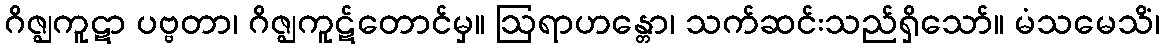
ဂိဇ္ဈကူဋာ ပဗ္ဗတာ၊ ဂိဇ္ဈကူဋ်တောင်မှ။ ဩရာဟန္တော၊ သက်ဆင်းသည်ရှိသော်။ မံသမေသိံ၊